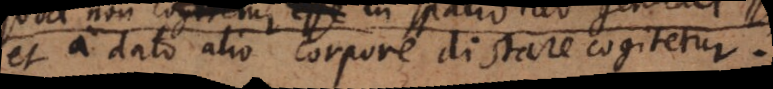
et a dato alio corpore distare cogitetur.